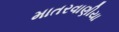
માતરવાણીયા